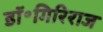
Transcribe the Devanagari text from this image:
डॉ॰गिरिराज